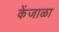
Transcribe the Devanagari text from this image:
केंजाळा